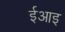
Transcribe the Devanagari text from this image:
ईआइ